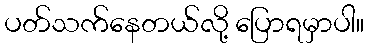
ပတ်သက်နေတယ်လို့ ပြောရမှာပါ။